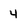
Character: 4